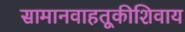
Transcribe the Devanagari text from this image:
सामानवाहतूकीशिवाय